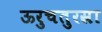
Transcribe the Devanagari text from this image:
ऊरुचतुरस्रा